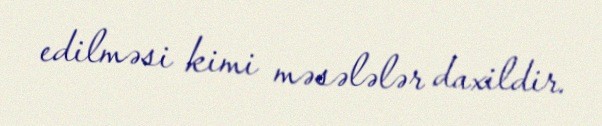
edilməsi kimi məsələlər daxildir.